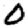
Digit: 0